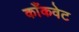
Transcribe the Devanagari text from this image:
काँकवेट